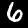
Digit: 6